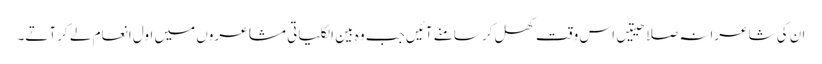
ان کی شاعرانہ صلاحیتیں اس وقت کھل کر سامنے آئیں جب وہ بین الکلیاتی مشاعروں میں اول انعام لے کر آتے۔